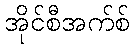
အိုင်စီအက်စ်